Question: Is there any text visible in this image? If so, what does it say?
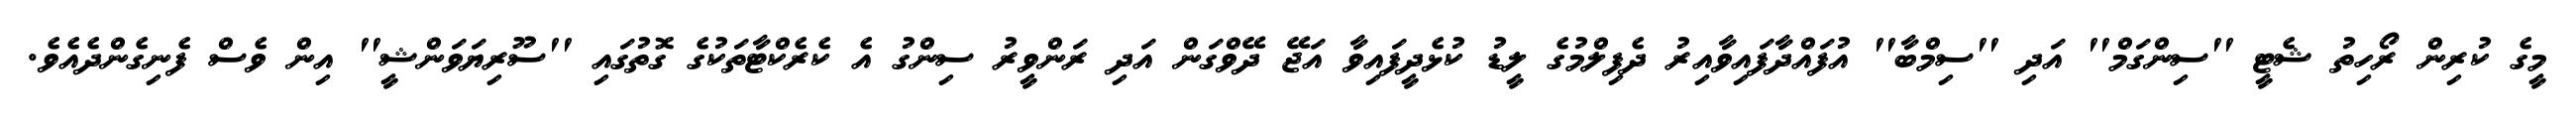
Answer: މީގެ ކުރިން ރޯހިތު ޝެޓީ ''ސިންގަމް'' އަދި ''ސިމްބާ'' އުފައްދާފައިވާއިރު ދެފިލްމުގެ ލީޑު ކުޅެދީފައިވާ އަޖޭ ދޭވްގަން އަދި ރަންވީރު ސިންގު އެ ކެރެކްޓާތަކުގެ ގޮތުގައި ''ސޫރިޔަވަންޝީ'' އިން ވެސް ފެނިގެންދެއެވެ.